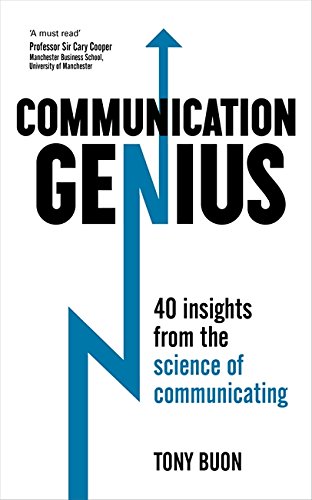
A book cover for Communication Genius: 40 Insights From the Science of Communicating; Tony Buon; Business & Money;